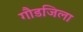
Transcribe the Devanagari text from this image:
गौडजिला